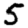
Digit: 5